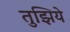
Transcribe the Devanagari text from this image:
तुझिये